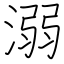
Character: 溺